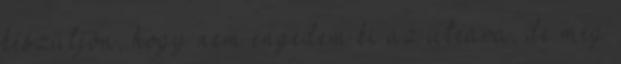
készüljön, hogy nem engedem ki az utcára, de még